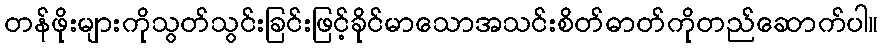
တန်ဖိုးများကိုသွတ်သွင်းခြင်းဖြင့်ခိုင်မာသောအသင်းစိတ်ဓာတ်ကိုတည်ဆောက်ပါ။